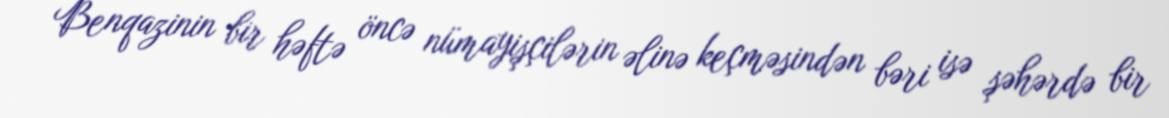
Benqazinin bir həftə öncə nümayişçilərin əlinə keçməsindən bəri isə şəhərdə bir